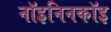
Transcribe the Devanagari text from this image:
नॉइनिनकॉइ